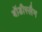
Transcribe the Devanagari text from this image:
बॉडीस्लैम